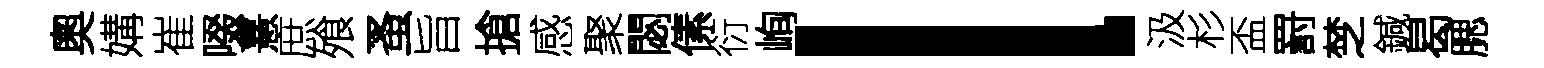
奧媾崔啜憙庶飱蚤旨搶感聚閟傃衍峋l汲杉盃罸椘鍼曷腮